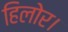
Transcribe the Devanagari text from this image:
हिलोर।